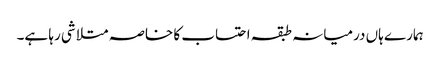
ہمارے ہاں درمیانہ طبقہ احتساب کا خاصہ متلاشی رہا ہے۔